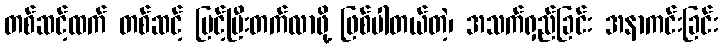
တစ်ဆင့်ထက် တစ်ဆင့် မြင့်ပြီးတက်လာဖို့ ဖြစ်ပါတယ်တဲ့၊ အသက်ရှည်ခြင်း အနာကင်းခြင်း